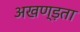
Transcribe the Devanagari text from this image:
अखण्ड़ता